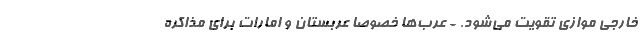
خارجی موازی تقویت می‌شود. - عرب‌ها خصوصا عربستان و امارات برای مذاکره